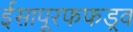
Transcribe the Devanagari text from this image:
ईसापूरफफड़्व